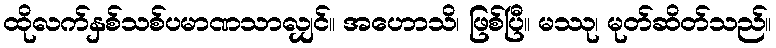
ထိုလက်နှစ်သစ်ပမာဏသာလျှင်။ အဟောသိ၊ ဖြစ်ပြီ။ မဿု၊ မုတ်ဆိတ်သည်။